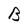
Character: B